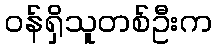
ဝန်ရှိသူတစ်ဦးက